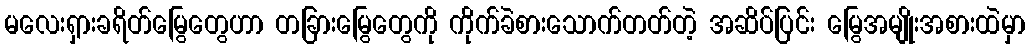
မလေးရှားခရိတ်မြွေတွေဟာ တခြားမြွေတွေကို ကိုက်ခဲစားသောက်တတ်တဲ့ အဆိပ်ပြင်း မြွေအမျိုးအစားထဲမှာ